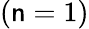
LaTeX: (\mathsf{n}=1)